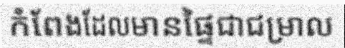
កំពែងដែលមានផ្ទៃជាជម្រាល